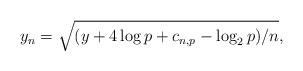
LaTeX: \begin{align*}y_n=\sqrt{(y+4\log p+c_{n,p}-\log_2 p) /n},\end{align*}